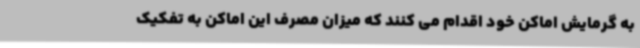
به گرمایش اماکن خود اقدام می کنند که میزان مصرف این اماکن به تفکیک